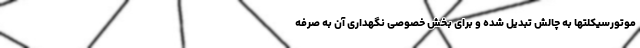
موتورسیکلتها به چالش تبدیل شده و برای بخش خصوصی نگهداری آن به صرفه